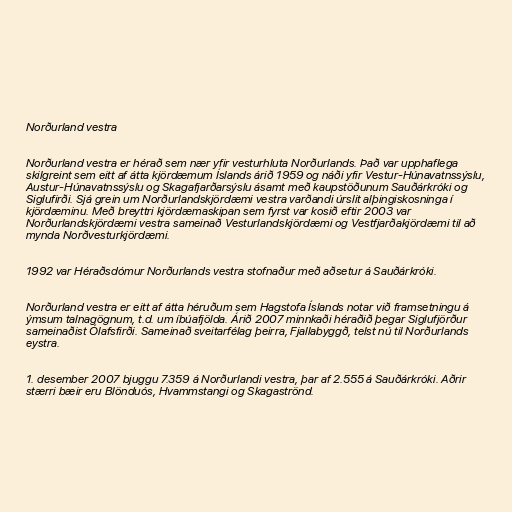
Norðurland vestra

Norðurland vestra er hérað sem nær yfir vesturhluta Norðurlands. Það var upphaflega
skilgreint sem eitt af átta kjördæmum Íslands árið 1959 og náði yfir Vestur-Húnavatnssýslu,
Austur-Húnavatnssýslu og Skagafjarðarsýslu ásamt með kaupstöðunum Sauðárkróki og
Siglufirði. Sjá grein um Norðurlandskjördæmi vestra varðandi úrslit alþingiskosninga í
kjördæminu. Með breyttri kjördæmaskipan sem fyrst var kosið eftir 2003 var
Norðurlandskjördæmi vestra sameinað Vesturlandskjördæmi og Vestfjarðakjördæmi til að
mynda Norðvesturkjördæmi.

1992 var Héraðsdómur Norðurlands vestra stofnaður með aðsetur á Sauðárkróki.

Norðurland vestra er eitt af átta héruðum sem Hagstofa Íslands notar við framsetningu á
ýmsum talnagögnum, t.d. um íbúafjölda. Árið 2007 minnkaði héraðið þegar Siglufjörður
sameinaðist Ólafsfirði. Sameinað sveitarfélag þeirra, Fjallabyggð, telst nú til Norðurlands
eystra.

1. desember 2007 bjuggu 7.359 á Norðurlandi vestra, þar af 2.555 á Sauðárkróki. Aðrir
stærri bæir eru Blönduós, Hvammstangi og Skagaströnd.